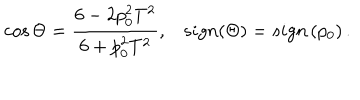
\cos \Theta = \frac { 6 - 2 p _ { 0 } ^ { 2 } T ^ { 2 } } { 6 + p _ { 0 } ^ { 2 } T ^ { 2 } } , s i g n ( \Theta ) = s i g n \left( p _ { 0 } \right) .